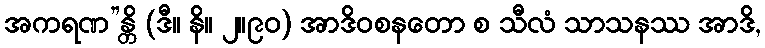
အကရဏ”န္တိ (ဒီ။ နိ။ ၂။၉၀) အာဒိဝစနတော စ သီလံ သာသနဿ အာဒိ,